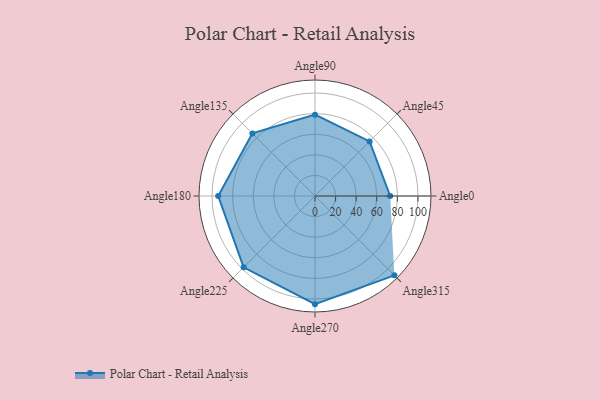
{"axis": {"x": "Angle", "y": "Radius"}, "legend": [""], "data": [{"x": "Angle0", "y": 73.0, "type": ""}, {"x": "Angle45", "y": 75.0, "type": ""}, {"x": "Angle90", "y": 79.0, "type": ""}, {"x": "Angle135", "y": 86.0, "type": ""}, {"x": "Angle180", "y": 94.0, "type": ""}, {"x": "Angle225", "y": 98.0, "type": ""}, {"x": "Angle270", "y": 105.0, "type": ""}, {"x": "Angle315", "y": 109.0, "type": ""}]}